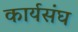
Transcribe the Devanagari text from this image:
कार्यसंघ